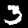
Digit: 3